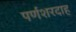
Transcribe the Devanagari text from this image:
पर्णशरदाह